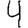
Digit: 4